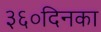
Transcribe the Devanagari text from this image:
३६०दिनका